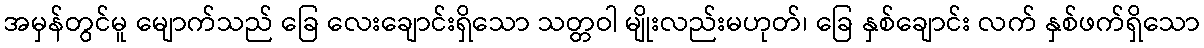
အမှန်တွင်မူ မျောက်သည် ခြေ လေးချောင်းရှိသော သတ္တဝါ မျိုးလည်းမဟုတ်၊ ခြေ နှစ်ချောင်း လက် နှစ်ဖက်ရှိသော